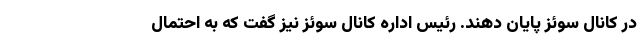
در کانال سوئز پایان دهند. رئیس اداره کانال سوئز نیز گفت که به احتمال